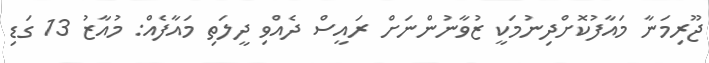
ޖޫރިމަނާ މައާފުކޮށްދިނުމަކީ ޒުވާނުންނަށް ރައީސް ދެއްވި ދީލަތި މައާފެއް: މުއާޒު 13 ގަޑި